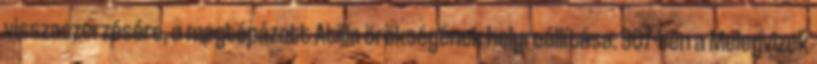
visszaszerzésére, a megtépázott Atilla örökségének helyreállítása. 907-ben a Melegvizek